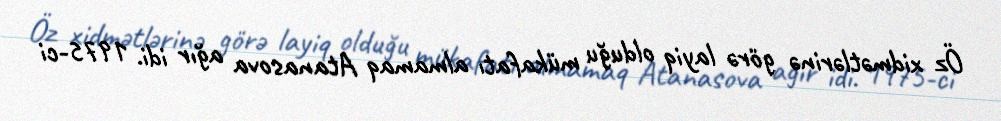
Öz xidmətlərinə görə layiq olduğu mükafatı almamaq Atanasova ağır idi. 1975-ci